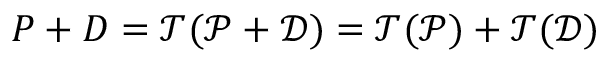
P + D = \mathcal T ( \mathscr P + \mathscr D ) = \mathcal T ( \mathscr P ) + \mathcal T ( \mathscr D )